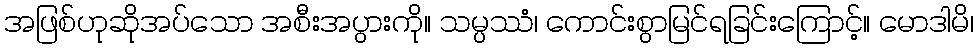
အဖြစ်ဟုဆိုအပ်သော အစီးအပွားကို။ သမ္ပဿံ၊ ကောင်းစွာမြင်ရခြင်းကြောင့်။ မောဒါမိ၊